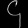
Digit: ၄